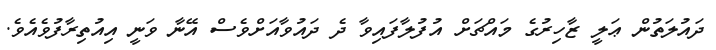
ދައުލަތުން ޢަލީ ޒާހިރުގެ މައްޗަށް އުފުލާފައިވާ ދެ ދައުވާއަށްވެސް އޭނާ ވަނީ އިއުތިރާފުވެއެވެ.